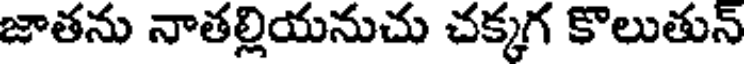
జాతను నాతల్లియనుచు చక్కగ కొలుతున్